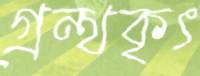
গ্রন্থকৃৎ